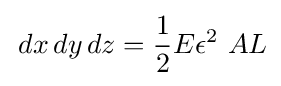
\,dx\,dy\,dz={\frac {1}{2}}E\epsilon ^{2}\ AL